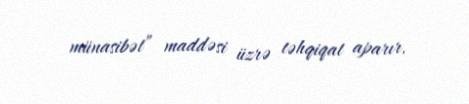
münasibət” maddəsi üzrə təhqiqat aparır.